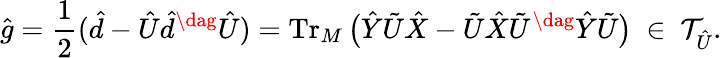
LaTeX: \hat{g}=\frac{1}{2}(\hat{d}-\hat{U}\hat{d}^{\dag}\hat{U})\stackrel{}{=}\operatorname{Tr}_{M}\big(\hat{Y}\tilde{U}\hat{X}-\tilde{U}\hat{X}\tilde{U}^{\dag}\hat{Y}\tilde{U}\big)\ \in\ \mathcal{T}_{\hat{U}}.